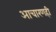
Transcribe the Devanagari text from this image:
आचारणही